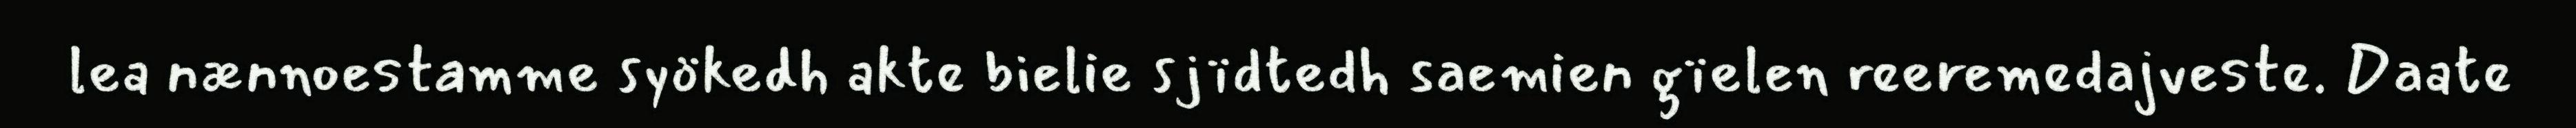
lea nænnoestamme syökedh akte bielie sjïdtedh saemien gïelen reeremedajveste. Daate